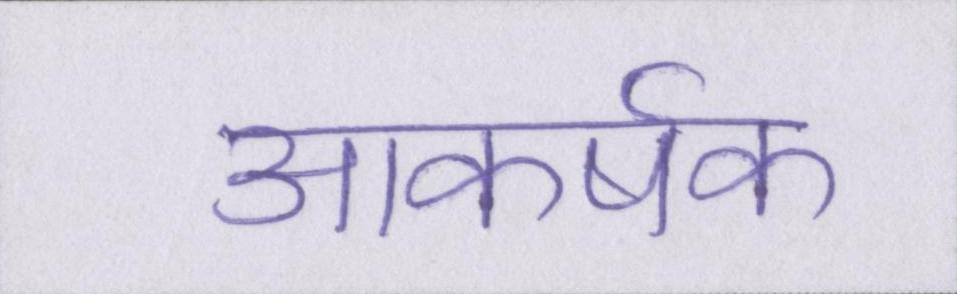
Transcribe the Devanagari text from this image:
आकर्षक